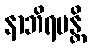
နာဘိရမန္တိ